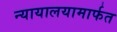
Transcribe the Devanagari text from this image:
न्यायालयामार्फत